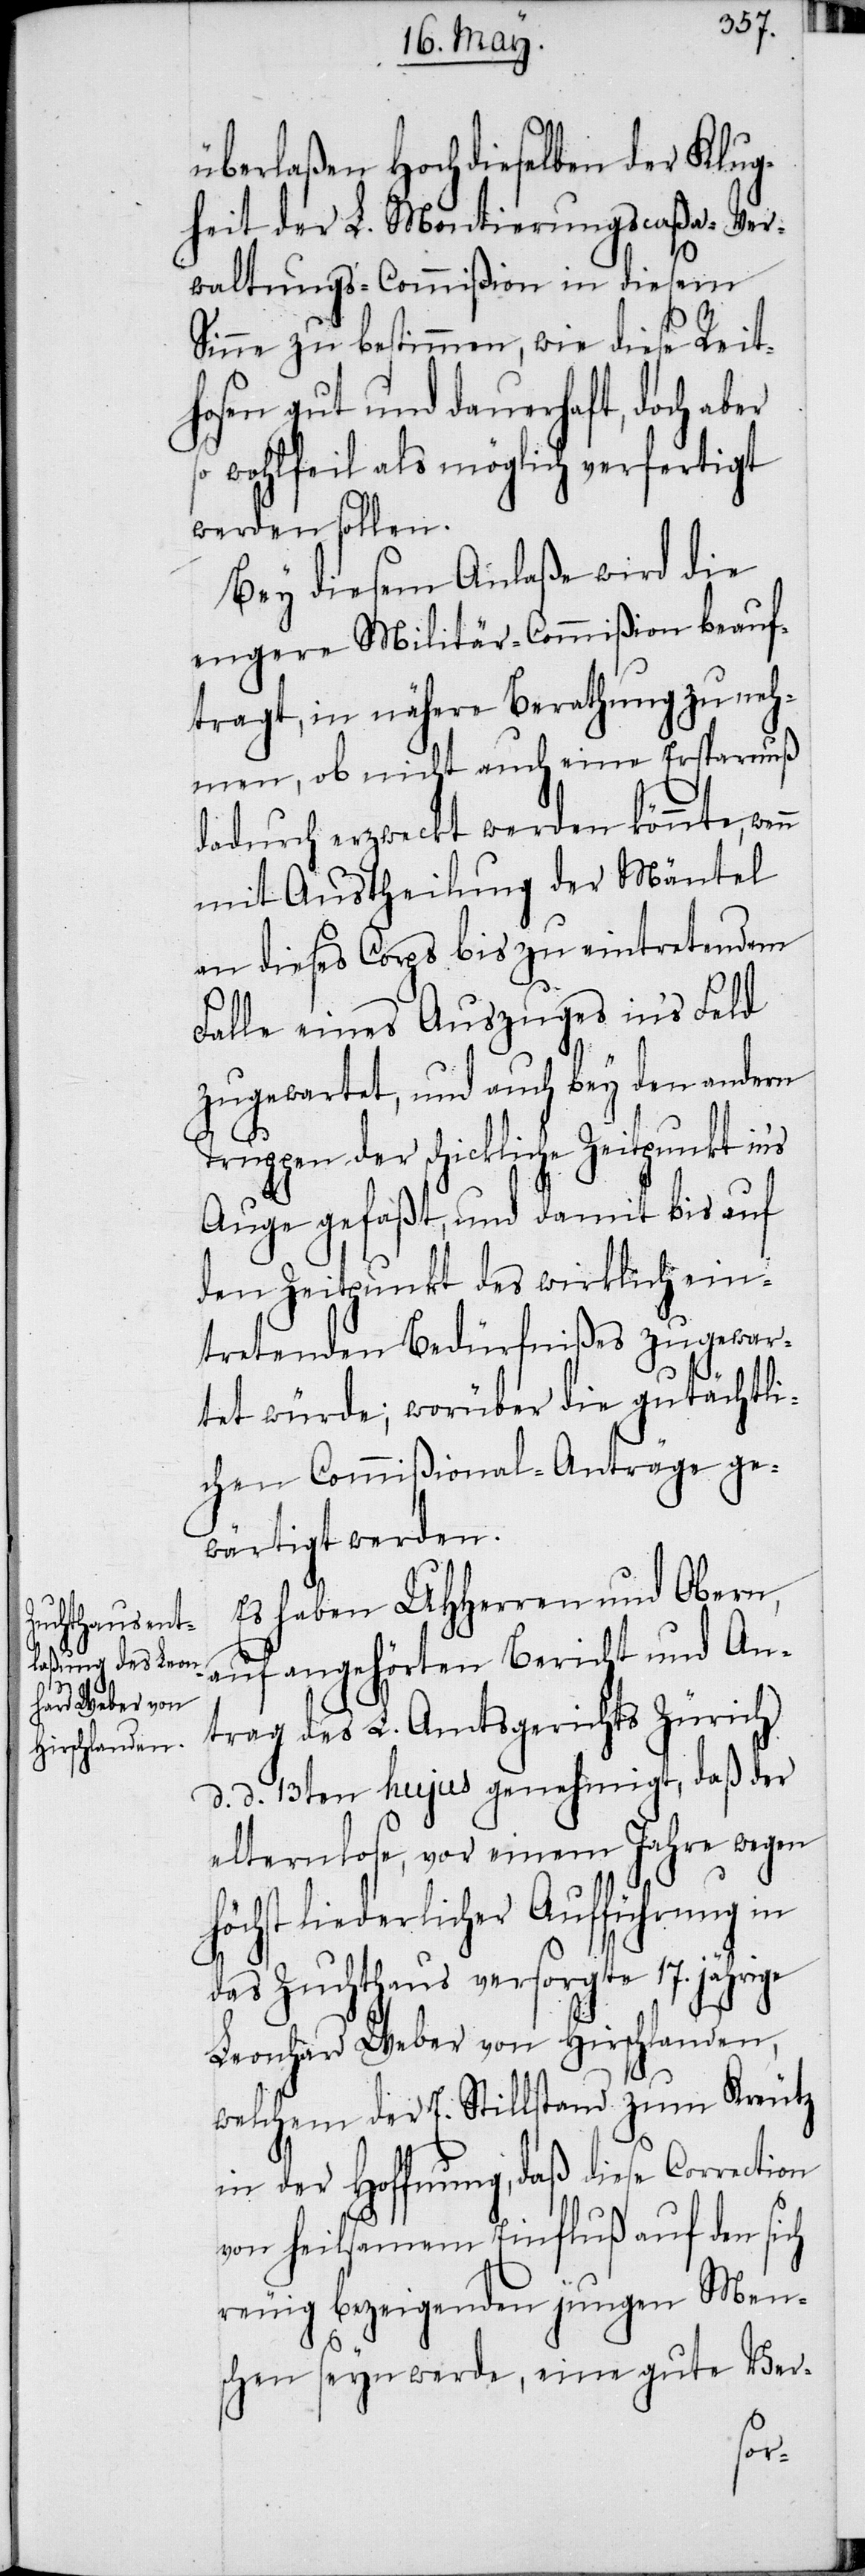
überlaßen Hochdieselben der Klug¬
heit der L. Montierungscaßa-Ver¬
waltungs-Commißion in diesem
Sinne zu bestimmen, wie diese Reit¬
hosen gut und dauerhaft, doch aber
wohlfeil als möglich verfertigt
werden sollen.
Bey diesem Anlaße wird die
engere Militär-Commißion beauf¬
tragt, in nähere Berathung zu neh¬
men, ob nicht auch eine Ersparnuß
dadurch erzweckt werden könnte, wenn
mit Austheilung der Mäntel
an dieses Corps bis zu eintretendem
Falle eines Auszuges in’s Feld
zugewartet, und auch bey den andern
Truppen der schickliche Zeitpunkt in’s
Auge gefaßt, und damit bis auf
den Zeitpunkt des wirklich ein¬
tretenden Bedürfnißes zugewar¬
tet würde; worüber die gutächtli¬
chen Commißional-Anträge ge¬
wärtigt werden.
Es haben UHHerren und Obern,
auf angehörten Bericht und An¬
trag des L. Amtsgerichts Zürich
d. d. 13ten hujus genehmigt, daß der
elternlose, vor einem Jahre wegen
hst liederlicher Aufführung in
das Zuchthaus versorgte 17. jährige
Leonhard Weber von Hirschlanden,
welchem der E. Stillstand zum Kreutz
in der Hoffnung, daß diese Correction
von heilsamem Einfluß auf den sich
reuig bezeigenden jungen Men¬
schen seyn werde, eine gute Ver-
höc¬